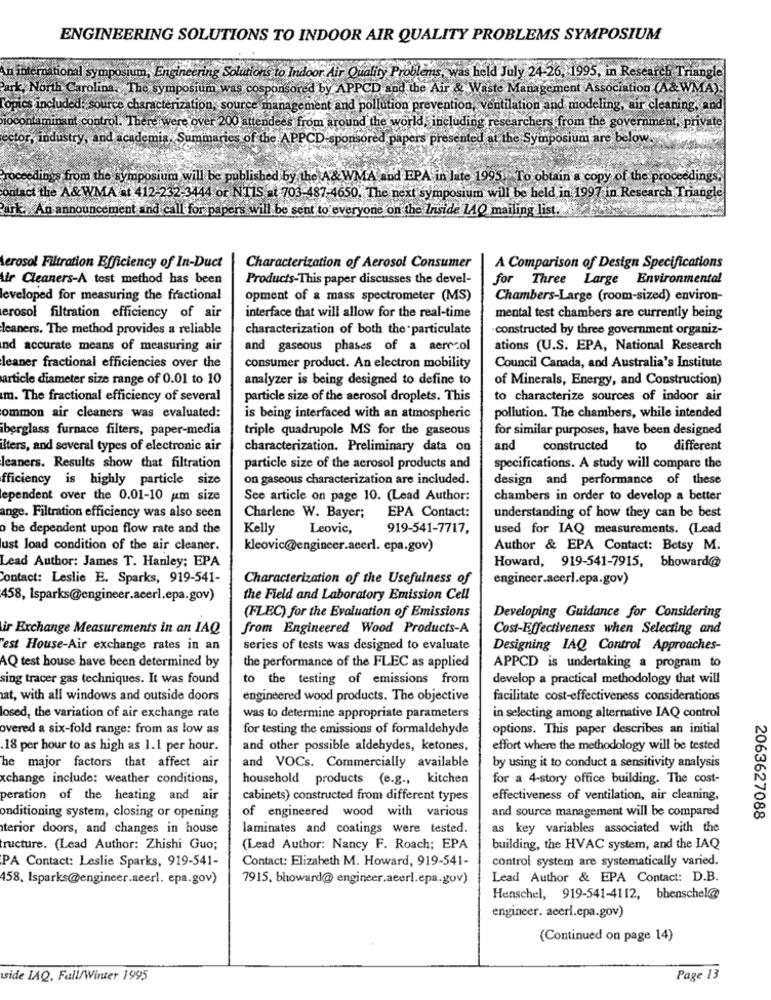
ENGINEERING SOLUTIONS TO INDOOR AIR QUALITY PROBLEMS SYMPOSIUM
n international symposium, Engineering Solutions to Indoor Air Quality Problems, was held July 24-26, 1995, in Research Triangle
Park, North Carolina. The symposium was cosponsored by APPCD and the Air & Waste Management Association (A&WMA).
Topics included: source characterization, source management and pollution prevention, ventilation and modeling, air cleaning, and
iocontaminant control. There were over 200 attendees from around the world, including researchers from the government, private
ector, industry, and academia Summaries of the A
PPCD"spo
nsored papers presented at the Symposium are, below.
Proceedings from the symposium will be published by the A& WMA and EPA in late 1995. To obtain a copy of the proceedings.
contact the A& WMA at 412-232-3444 or NTIS at 703-487-4650. The next symposium will be held in 1997 in Research Triangle
Park ., An announcement and call for papers will be sent to everyone on the Inside LAQ mailing list.
Aerosol Filtration Efficiency of In-Duct
Characterization of Aerosol Consumer
A Comparison of Design Specifications
Air Cleaners-A test method has been
Products-This paper discusses the devel-
for Three Large Environmental
leveloped for measuring the fractional
opment of & mass spectrometer (MS)
Chambers-Large (room-sized) environ-
erosol filtration efficiency of air
interface that will allow for the real-time
mental test chambers are currently being
leaners. The method provides a reliable
characterization of both the particulate
constructed by three government organiz-
nd accurate means of measuring air
and gaseous phases of a aerecol
ations (U.S. EPA, National Research
leaner fractional efficiencies over the
consumer product. An electron mobility
Council Canada, and Australia's Institute
article diameter size range of 0.01 to 10
analyzer is being designed to define to
of Minerals, Energy, and Construction)
m. The fractional efficiency of several
particle size of the aerosol droplets. This
to characterize sources of indoor air
ommon air cleaners was evaluated:
is being interfaced with an atmospheric
pollution. The chambers, while intended
iberglass furnace filters, paper-media
triple quadrupole MS for the gaseous
for similar purposes, have been designed
ilters, and several types of electronic air
characterization. Preliminary data on
and
constructed
to
different
leaners. Results show that filtration
particle size of the aerosol products and
specifications. A study will compare the
fficiency is highly particle size
on gaseous characterization are included.
design and performance of these
ependent over the 0.01-10 um size
See article on page 10. (Lead Author:
chambers in order to develop a better
ange. Filtration efficiency was also seen
Charlene W. Bayer; EPA Contact:
understanding of how they can be best
o be dependent upon flow rate and the
Kelly
Leovic,
919-541-7717,
used for IAQ measurements. (Lead
ust load condition of the air cleaner.
kleovic@engineer.acerl. epa.gov)
Author & EPA Contact: Betsy M.
Lead Author: James T. Hanley; EPA
Howard, 919-541-7915, bhoward@
Contact: Leslie E. Sparks, 919-541-
Characterization of the Usefulness of
engineer.acerl.epa.gov)
458, Isparks@engineer.acerl.epa.gov)
the Field and Laboratory Emission Cell
(FLEC) for the Evaluation of Emissions
Developing Guidance for Considering
ir Exchange Measurements in an IAQ
from Engineered Wood Products-A
Cost-Effectiveness when Selecting and
est House-Air exchange rates in an
series of tests was designed to evaluate
Designing IAQ Control Approaches-
AQ test house have been determined by
the performance of the FLEC as applied
APPCD is undertaking a program to
sing tracer gas techniques. It was found
to the testing of emissions from
develop a practical methodology that will
at, with all windows and outside doors
engineered wood products. The objective
facilitate cost-effectiveness considerations
losed, the variation of air exchange rate
was to determine appropriate parameters
in selecting among alternative IAQ control
overed a six-fold range: from as low as
for testing the emissions of formaldehyde
options. This paper describes an initial
18 per hour to as high as 1.1 per hour.
and other possible aldehydes, ketones,
effort where the methodology will be tested
he major factors that affect air
and VOCs. Commercially available
by using it to conduct a sensitivity analysis
xchange include: weather conditions,
household products (e.g ., kitchen
for a 4-story office building. The cost-
peration of the heating and air
cabinets) constructed from different types
effectiveness of ventilation, air cleaning,
and source management will be compared
2063627088
onditioning system, closing or opening
of engineered wood with various
terior doors, and changes in house
laminates and coatings were tested.
as key variables associated with the
ructure. (Lead Author: Zhishi Guo;
(Lead Author: Nancy F. Roach; EPA
building, the HVAC system, and the IAQ
PA Contact: Leslie Sparks, 919-541-
Contact: Elizabeth M. Howard, 919-541-
control system are systematically varied.
458, Isparks@engineer.acerl. epa.gov)
7915, bhoward@ engineer.acerl.epa.gov)
Lead Author & EPA Contact: D.B.
Henschel, 919-541-4112, bhenschel@
engineer. aceri.epa.gov)
(Continued on page 14)
side IAQ, Fall/Winter 1995
Page 13